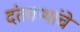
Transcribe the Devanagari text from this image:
दंतकथांचे